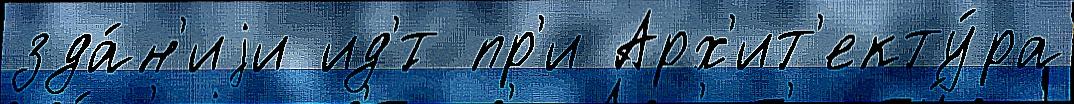
зда́н'иjи ид'́т пр'и Арх'ит'екту́ра